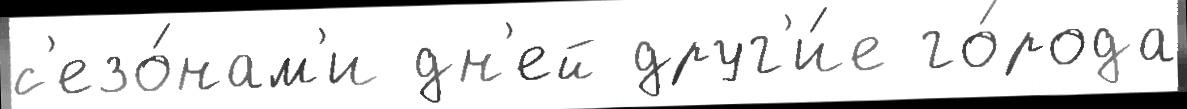
с'езо́нам'и дн'ей друг'и́е го́рода